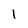
Character: 1